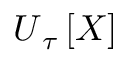
\boldsymbol { U } _ { \u { \tau } } \left[ \boldsymbol { X } \right]